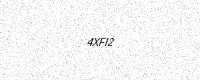
Text: 4XFI2